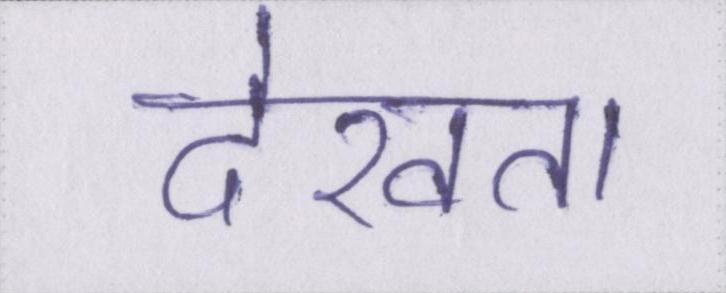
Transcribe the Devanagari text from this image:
देखता